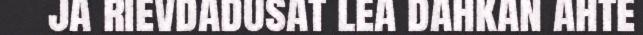
ja rievdadusat lea dahkan ahte